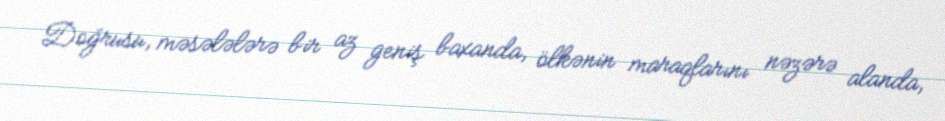
Doğrusu, məsələlərə bir az geniş baxanda, ölkənin maraqlarını nəzərə alanda,